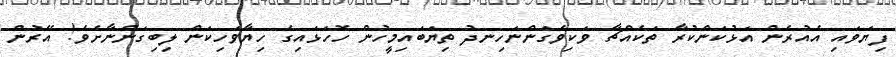
ފިޔަވައި އެއުރެން އަޅުކަންކުރާ ތަކެއްޗާ ވަކިވެގަންނަހިނދު ތިޔަބައިމީހުން ހޮހަޅައިގެ ހިޔާވަހިކަން ލިބިގަންނާށެވެ! އޭރުން